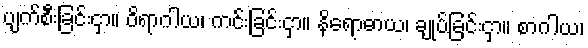
ပျက်စီးခြင်းငှာ။ ဝိရာဂါယ၊ ကင်းခြင်းငှာ။ နိရောဓာယ၊ ချုပ်ခြင်းငှာ။ စာဂါယ၊